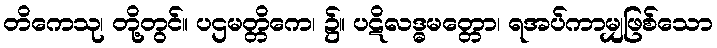
တိကေသု၊ တို့တွင်။ ပဌမတ္တိကေ၊ ၌။ ပဋိလဒ္ဓမတ္တော၊ ရအပ်ကာမျှဖြစ်သော